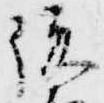
俊